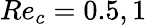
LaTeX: Re_{c}=0.5,1